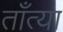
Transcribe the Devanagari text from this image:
ताँत्या